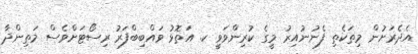
އެދެރަށުން މިތަކެތި ފެނުނުއިރު މީގެ ކުރިންވަވީ ކ. އަތޮޅު ވައްބިބްފަރު ރިސޯޓަށްވެސް މަތިންދާ